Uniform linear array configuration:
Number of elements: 48
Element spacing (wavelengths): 0.25
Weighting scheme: kaiser
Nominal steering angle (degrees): -30
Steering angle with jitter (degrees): -29.677
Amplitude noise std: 0.05
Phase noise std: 0.05

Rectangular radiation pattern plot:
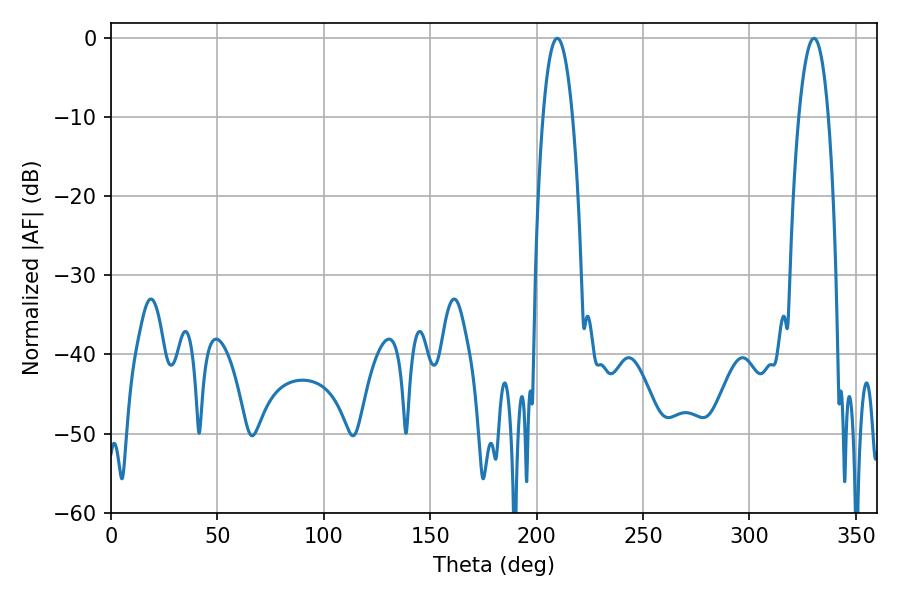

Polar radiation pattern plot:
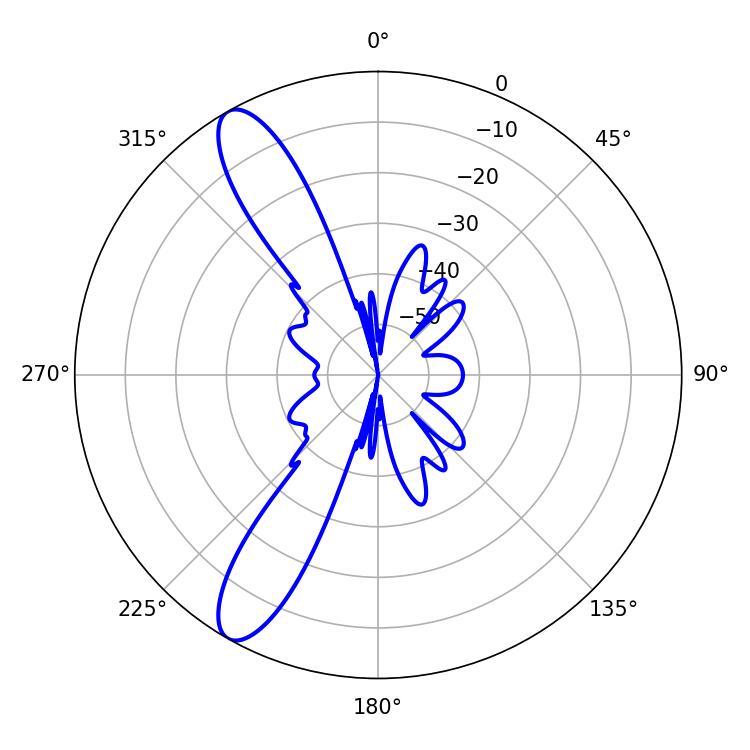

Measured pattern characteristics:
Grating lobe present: FALSE
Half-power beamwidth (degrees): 7.74
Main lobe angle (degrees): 209.7